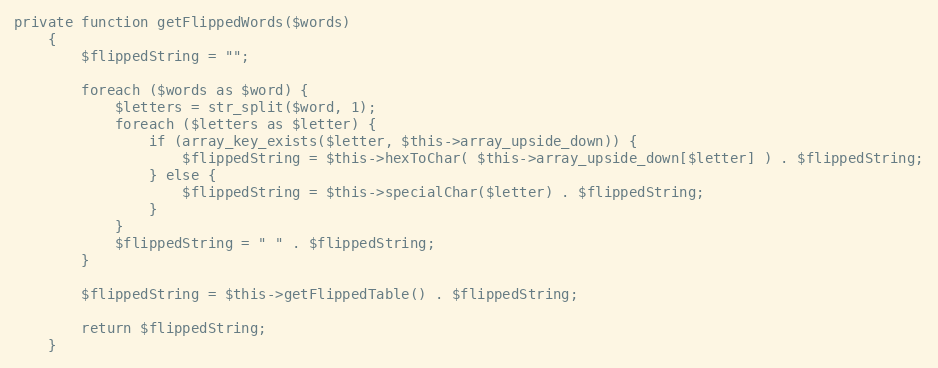
Language: PHP
private function getFlippedWords($words)
    {
        $flippedString = "";

        foreach ($words as $word) {
            $letters = str_split($word, 1);
            foreach ($letters as $letter) {
                if (array_key_exists($letter, $this->array_upside_down)) {
                    $flippedString = $this->hexToChar( $this->array_upside_down[$letter] ) . $flippedString;
                } else {
                    $flippedString = $this->specialChar($letter) . $flippedString;
                }
            }
            $flippedString = " " . $flippedString;
        }

        $flippedString = $this->getFlippedTable() . $flippedString;

        return $flippedString;
    }